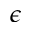
\epsilon